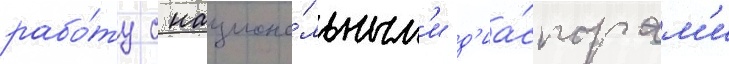
рабо́ту с национа́льным'и д'иа́спорам'и